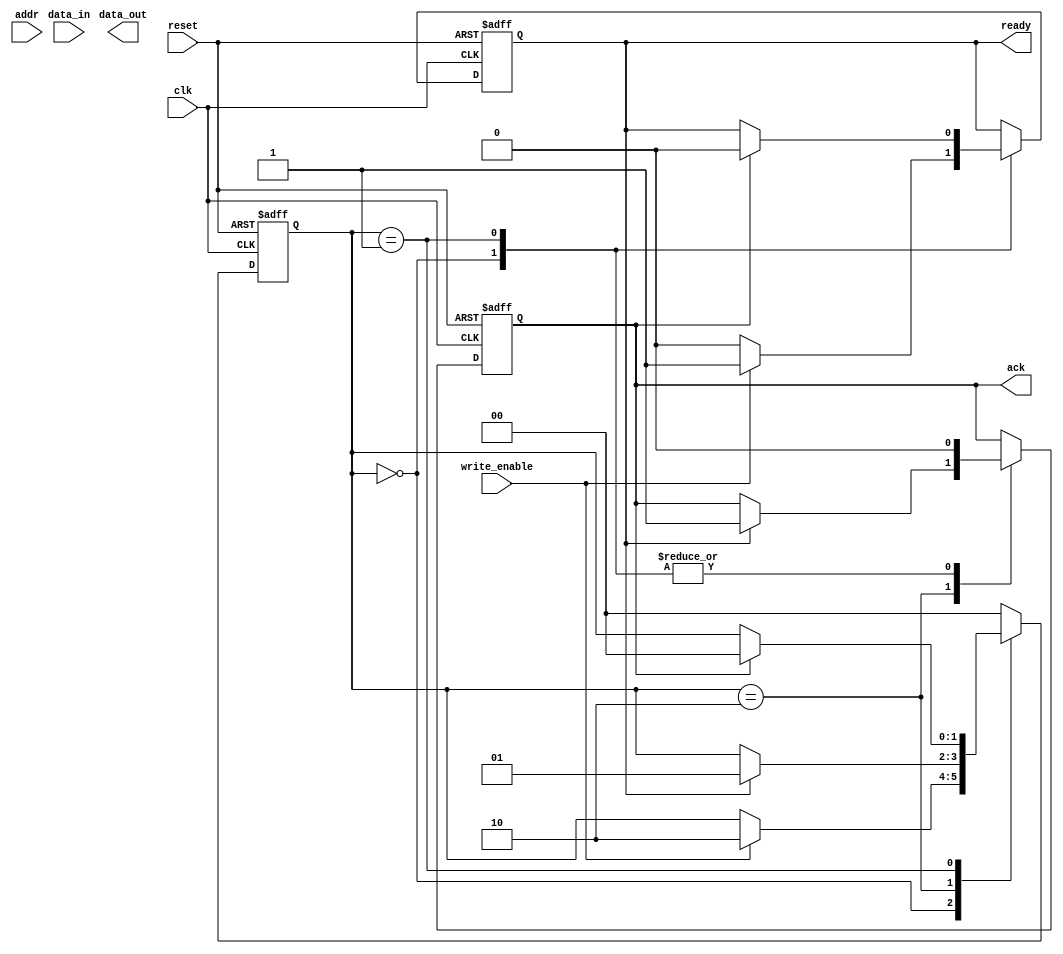
module memory_handshake (
    // Master Interface
    input wire [7:0] data_in,       // Data to be written to memory
    input wire [7:0] addr,           // Address for the data
    input wire write_enable,         // Write enable signal
    input wire clk,                  // Clock signal
    input wire reset,                // Reset signal
    output reg ready,                // Master ready signal

    // Slave Interface
    output reg ack,                  // Acknowledge signal from slave
    output reg [7:0] data_out        // Data read from memory (not used in this example)
);

    // Internal states
    reg [1:0] state;
    localparam IDLE       = 2'b00,
               WAIT_ACK   = 2'b01,
               WRITE_DATA  = 2'b10;

    // Memory storage (for example, 256 bytes)
    reg [7:0] memory [0:255];

    // State machine for master and slave handshake
    always @(posedge clk or posedge reset) begin
        if (reset) begin
            // Reset all states and signals
            state <= IDLE;
            ready <= 0;
            ack <= 0;
        end else begin
            case (state)
                IDLE: begin
                    ready <= 0;
                    ack <= 0;
                    if (write_enable) begin
                        // Prepare to send data
                        ready <= 1;
                        state <= WRITE_DATA;
                    end
                end

                WRITE_DATA: begin
                    if (ready) begin
                        // Write data to memory
                        memory[addr] <= data_in;
                        // Signal acknowledgment
                        ack <= 1;
                        state <= WAIT_ACK;
                    end
                end

                WAIT_ACK: begin
                    if (ack) begin
                        // Wait for acknowledgment
                        // After acknowledgment, reset signals and return to IDLE
                        ready <= 0;
                        ack <= 0;
                        state <= IDLE;
                    end
                end

                default: state <= IDLE; // Safety default
            endcase
        end
    end

endmodule